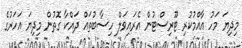
މިދިޔަ މަހު އާއްމުކުރި ޓޫރިސްޓުން އެރައިވަލް ހިސާބުތައް ދައްކާ ގޮތުން މިދިޔަ އަހަރުގެ